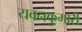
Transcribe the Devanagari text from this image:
यवनकुमारी